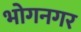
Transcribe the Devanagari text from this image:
भोगनगर